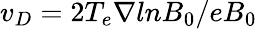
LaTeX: v_{D}=2T_{e}\nabla lnB_{0}/eB_{0}